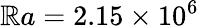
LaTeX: \mathbb{R}a=2.15\times10^{6}